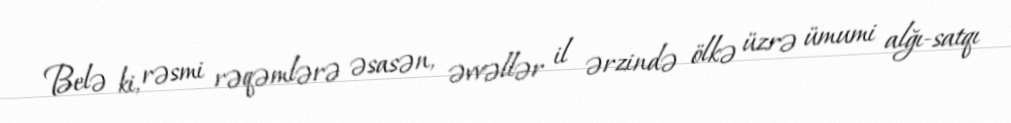
Belə ki, rəsmi rəqəmlərə əsasən, əvvəllər il ərzində ölkə üzrə ümumi alğı-satqı